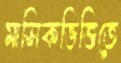
মাসিকভিত্তিতে